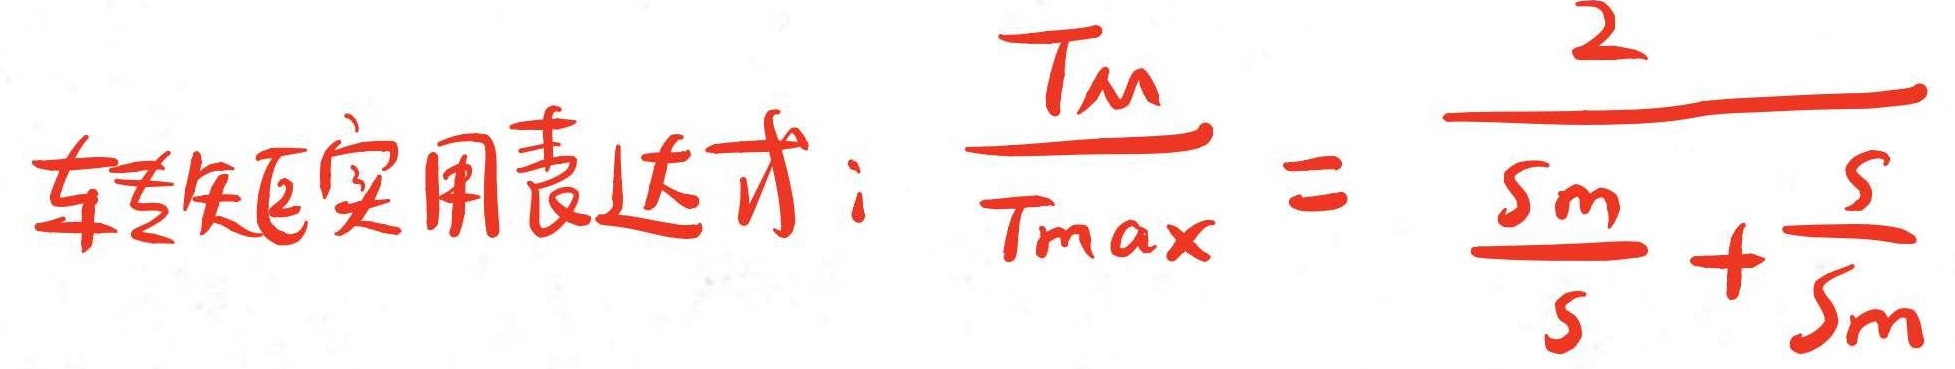
转矩实用表达式：$\frac{T_m}{T_{max}} = \frac{2}{\frac{s_m}{s} + \frac{s}{s_m}}$